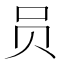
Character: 员